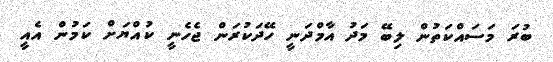
ބުރަ މަސައްކަތުން ލިބޭ މަދު އާމްދަނީ ހޭދަކުރަން ޖެހެނީ ކުއްޔަށް ކަމުން އެއީ